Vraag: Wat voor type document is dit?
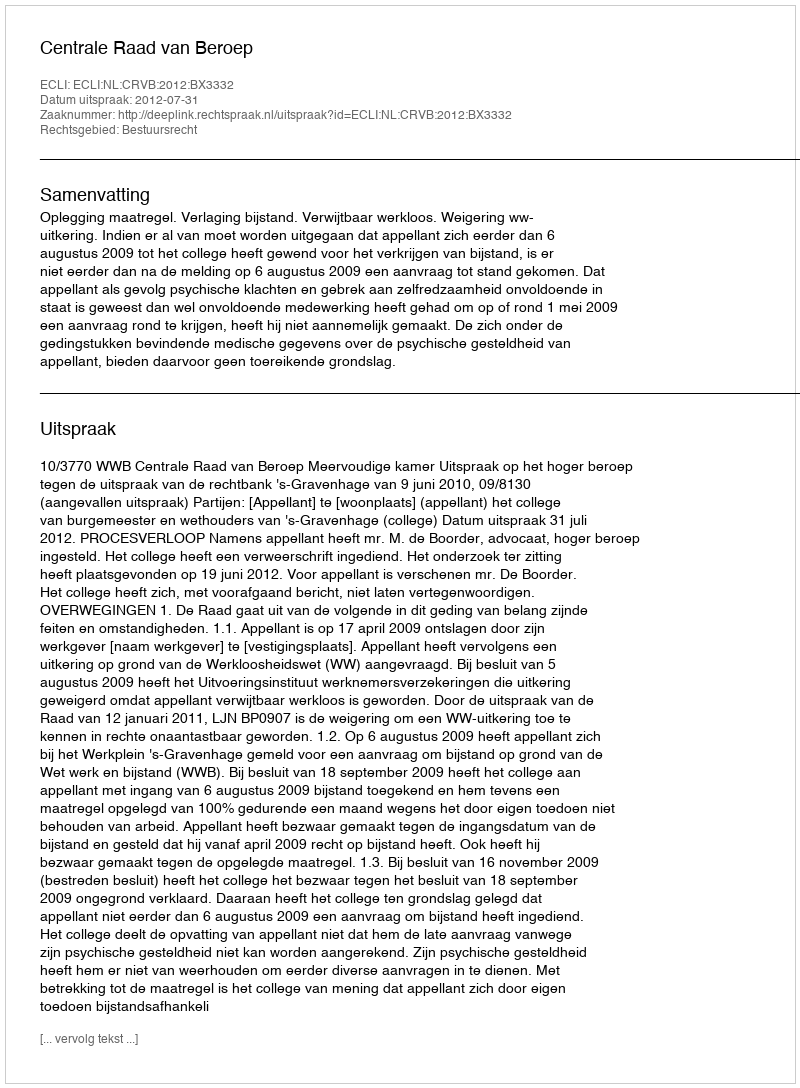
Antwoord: Uitspraak